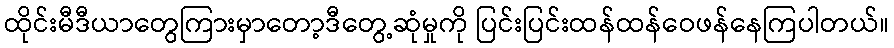
ထိုင်းမီဒီယာတွေကြားမှာတော့ဒီတွေ့ဆုံမှုကို ပြင်းပြင်းထန်ထန်ဝေဖန်နေကြပါတယ်။